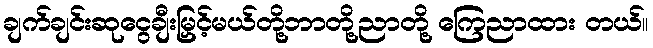
ချက်ချင်းဆုငွေချီးမြှင့်မယ်တို့ဘာတို့ညာတို့ ကြေညာထား တယ်။